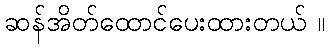
ဆန်အိတ်ထောင်ပေးထားတယ် ။